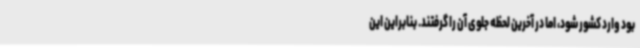
بود وارد کشور شود، اما در آخرین لحظه جلوی آن را گرفتند. بنابراین این